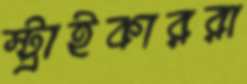
স্ট্রাইকাররা